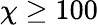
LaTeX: \chi\geq 100